Tezpur Lunatic Asylum reports 1877-1894 - 1877-1894
Year: 1877
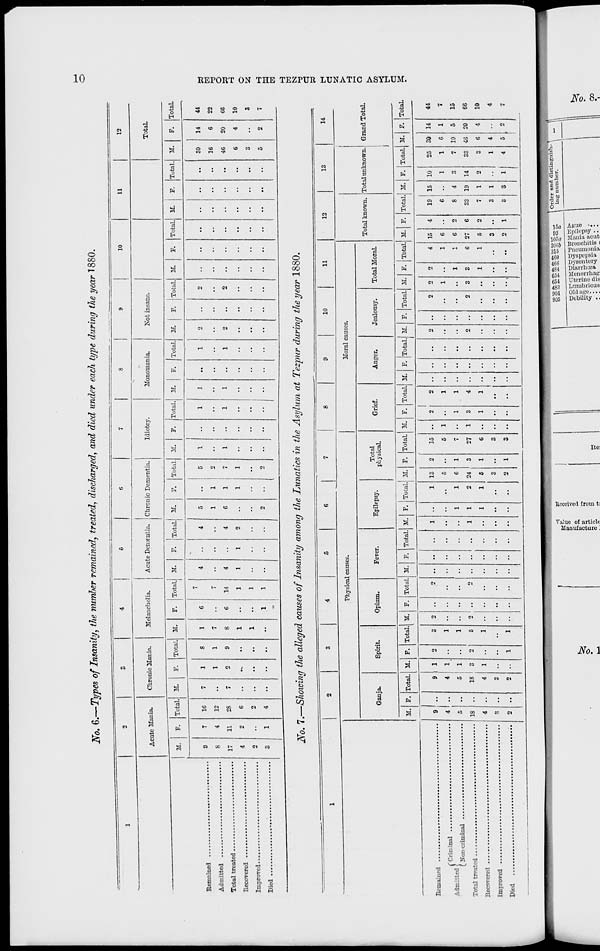
2f 0t g^ Types of Insanity, the number remained, treated, discharged, and died under each type during the year 1880.
Remained ...
Admitted ...
Total treated.
Recovered .. •
Improved
Died
Remained
(■Criminal —
Admitted \
t Non-criminal
Total treated
Recovered ...
Improved ...
Died
10
11
12
Acute Mania.
Chronic Mania.
Melancholia.
Acute Dementia. Chronic Dementia.
Idiotcy.
Monomania.
Kot insane.
Total.
M.
F. Total.! M.
Total. 1 M.
F. Total. M.
9
8
17
4
2
3
4
11
2
16
12
28
6
o
14
1
1
1
F. Total, M.
Total. M.
Total. M.
F. |Total.| M.
F. I Total. M.
Total.! M.
Total. M.
F. Total.
30
16
46
6
3
5
14
6
20
4
44
22
66
10
3
7
^r 0# 7 < Showing the alleged causes of Insanity among the Lunatics in the Asylum at Tezpur during the year 1880.
10
li
12
13
14
Physical causes.
Moral causes.
Ganja.
Spirit.
Opium.
Fever.
Epilepsy.
Total
physical.
Grief.
Anger.
Jealousy.
Total Moral.
Total known. Total unknown. Grand Total.
M.
Total. M.
9
4
5
18
4
3
2
Total, If.
Total. M. P. Total, M. F. I Total, M.
Total. 31.
TotalJ M.
Total. M.
Total, M. F. Total. M.
Total. M. r. Total, M.
Total.
<? I
13
2
5 ..
G
1
24
3
5
1
3 • •
2
1
15
5
7
27
6
3
3
4 15
1
6
i
6
6 27
1
5
3
2
19 15 10
25 30
6 • •
1
1
6
8
4
3
7 10
33 19 14
33 46
7
1
2
3
6
3
1
1
4
3
3
1
4
5
1
44
7
15
66
10
4
7
o
SI
Hi
o
H
a
S
H
d
S
f
d
a
►
i-3
d
-■
»
: ■_ ^ - ?) - ^- i. :: t; ^
f?£|lfffifg3:
Order and distinguish- 1
ing number.
\
CO